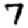
Digit: 7